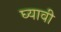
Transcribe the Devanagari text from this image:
घ्‍यावी